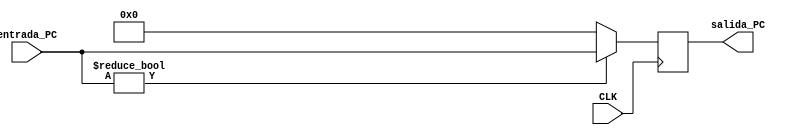
`timescale 1ns/1ns

module PC ( input [31:0] entrada_PC, input CLK, output reg [31:0] salida_PC );

reg inversor;

initial begin
    salida_PC = 32'b0;
end

always @(posedge CLK) begin
    salida_PC <= (entrada_PC) ? entrada_PC : 32'b0;
end

endmodule